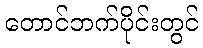
တောင်ဘက်ပိုင်းတွင်